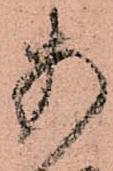
あ